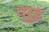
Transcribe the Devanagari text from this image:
प्रूड